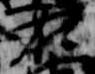
在